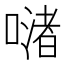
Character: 𠹲